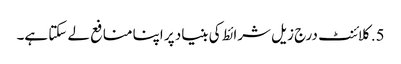
5. کلائنٹ درج زیل شرائط کی بنیاد پر اپنا منافع لے سکتا ہے۔